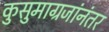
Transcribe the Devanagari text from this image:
कुसुमाग्रजांनंतर